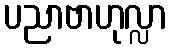
ပညာဗာဟုလ္လာ